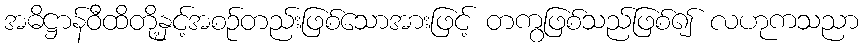
အဓိဋ္ဌာန်ဝီထိတို့နှင့်အစဉ်တည်းဖြစ်သောအားဖြင့် တကွဖြစ်သည်ဖြစ်၍ လဟုကသညာ